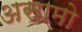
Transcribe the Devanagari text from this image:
असामो